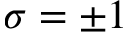
\sigma = \pm 1